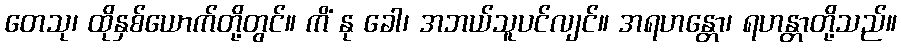
တေသု၊ ထိုနှစ်ယောက်တို့တွင်။ ကိံ နု ခေါ၊ အဘယ်သူပင်လျင်။ အရဟန္တော၊ ရဟန္တာတို့သည်။